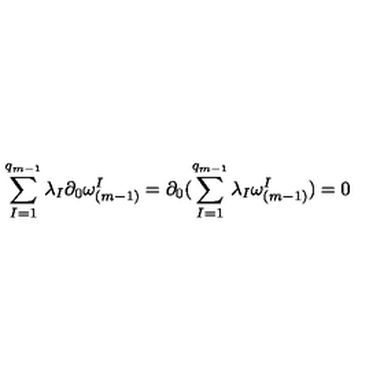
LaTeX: \sum _ { I = 1 } ^ { q _ { m - 1 } } \lambda _ { I } \partial _ { 0 } \omega _ { ( m - 1 ) } ^ { I } = \partial _ { 0 } ( \sum _ { I = 1 } ^ { q _ { m - 1 } } \lambda _ { I } \omega _ { ( m - 1 ) } ^ { I } ) = 0